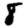
Digit: 8